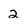
Character: 2